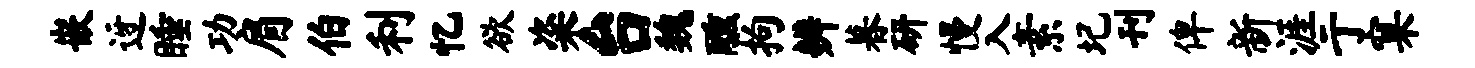
嵌迓睡功肩伯利忆欲粢台魏醺拘辨暮研慢入素圮刊俾新涯亍窠